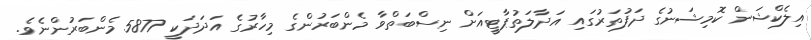
އިލެކްޝަން ކޮމިޝަނުގެ ދަފުތަރުގައި އަދާލަތުޕާޓީއަށް ނިސްބަތްވާ މެންބަރުންގެ މިހާރުގެ އަދަދަކީ 5877 މެންބަރުންނެވެ.